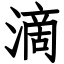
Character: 滴